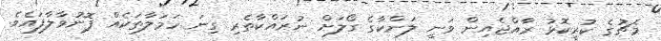
މެޗުގެ ކުރީކޮޅު ރާއްޖެއިން ވަނީ ލަންކާގެ ގޯލަށް ނުރައްކާތެރި ގިނަ ހަމަލާތަކެއް ފޮނުވާލާފައެވެ.